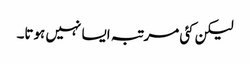
لیکن کئی مرتبہ ایسا نہیں ہوتا۔